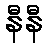
နီနီ